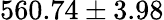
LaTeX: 560.74\pm 3.98